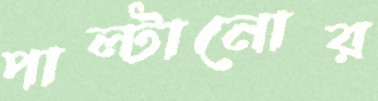
পাল্টানোর